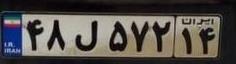
۴۸ل۵۷۲۱۴